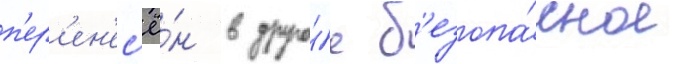
п'ер'ен'ес'ё́н в друго́е б'езопа́сное